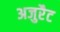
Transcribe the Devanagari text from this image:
अजुरैट